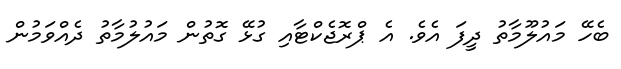
ބެހޭ މައުލޫމާތު ދީފަ އެވެ. އެ ޕްރޮޖެކްޓާއި ގުޅޭ ގޮތުން މައުލުމާތު ދެއްވަމުން